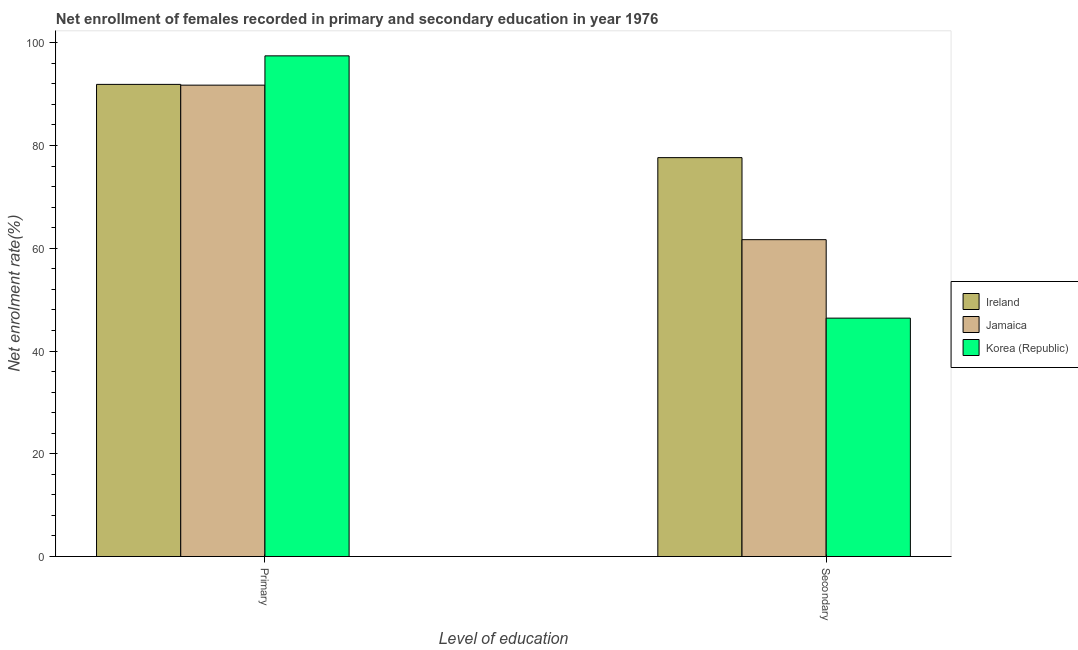
| Level of education | Ireland | Jamaica | Korea (Republic) |
 | --- | --- | --- | --- |
 | Primary | 91.9 | 91.7 | 97.4 |
 | Secondary | 77.6 | 61.7 | 46.4 |